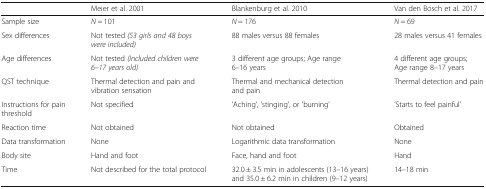
|  | Meier et al. 2001 | Blankenburg et al. 2010 | Van den Bosch et al. 2017 |
 | --- | --- | --- | --- |
 | Sample size | N = 101 | N = 176 | N = 69 |
 | Sex differences | Not tested (53 girls and 48 boys were included) | 88 males versus 88 females | 28 males versus 41 females |
 | Age differences | Not tested (Included children were 6–17 years old) | 3 different age groups; Age range 6–16 years | 4 different age groups; Age range 8–17 years |
 | QST technique | Thermal detection and pain and vibration sensation | Thermal and mechanical detection and pain | Thermal detection and pain |
 | Instructions for pain threshold | Not specified | ‘Aching’, ‘stinging’, or ‘burning’ | ‘Starts to feel painful’ |
 | Reaction time | Not obtained | Not obtained | Obtained |
 | Data transformation | None | Logarithmic data transformation | None |
 | Body site | Hand and foot | Face, hand and foot | Hand |
 | Time | Not described for the total protocol | 32.0 ± 3.5 min in adolescents (13–16 years) and 35.0 ± 6.2 min in children (9–12 years) | 14–18 min |